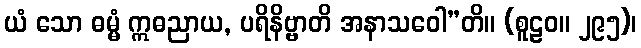
ယံ သော ဓမ္မံ ဣဓညာယ, ပရိနိဗ္ဗာတိ အနာသဝေါ”တိ။ (စူဠဝ။ ၂၉၅)၊